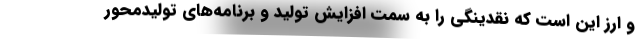
و ارز این است که نقدینگی را به سمت افزایش تولید و برنامه‌های تولیدمحور